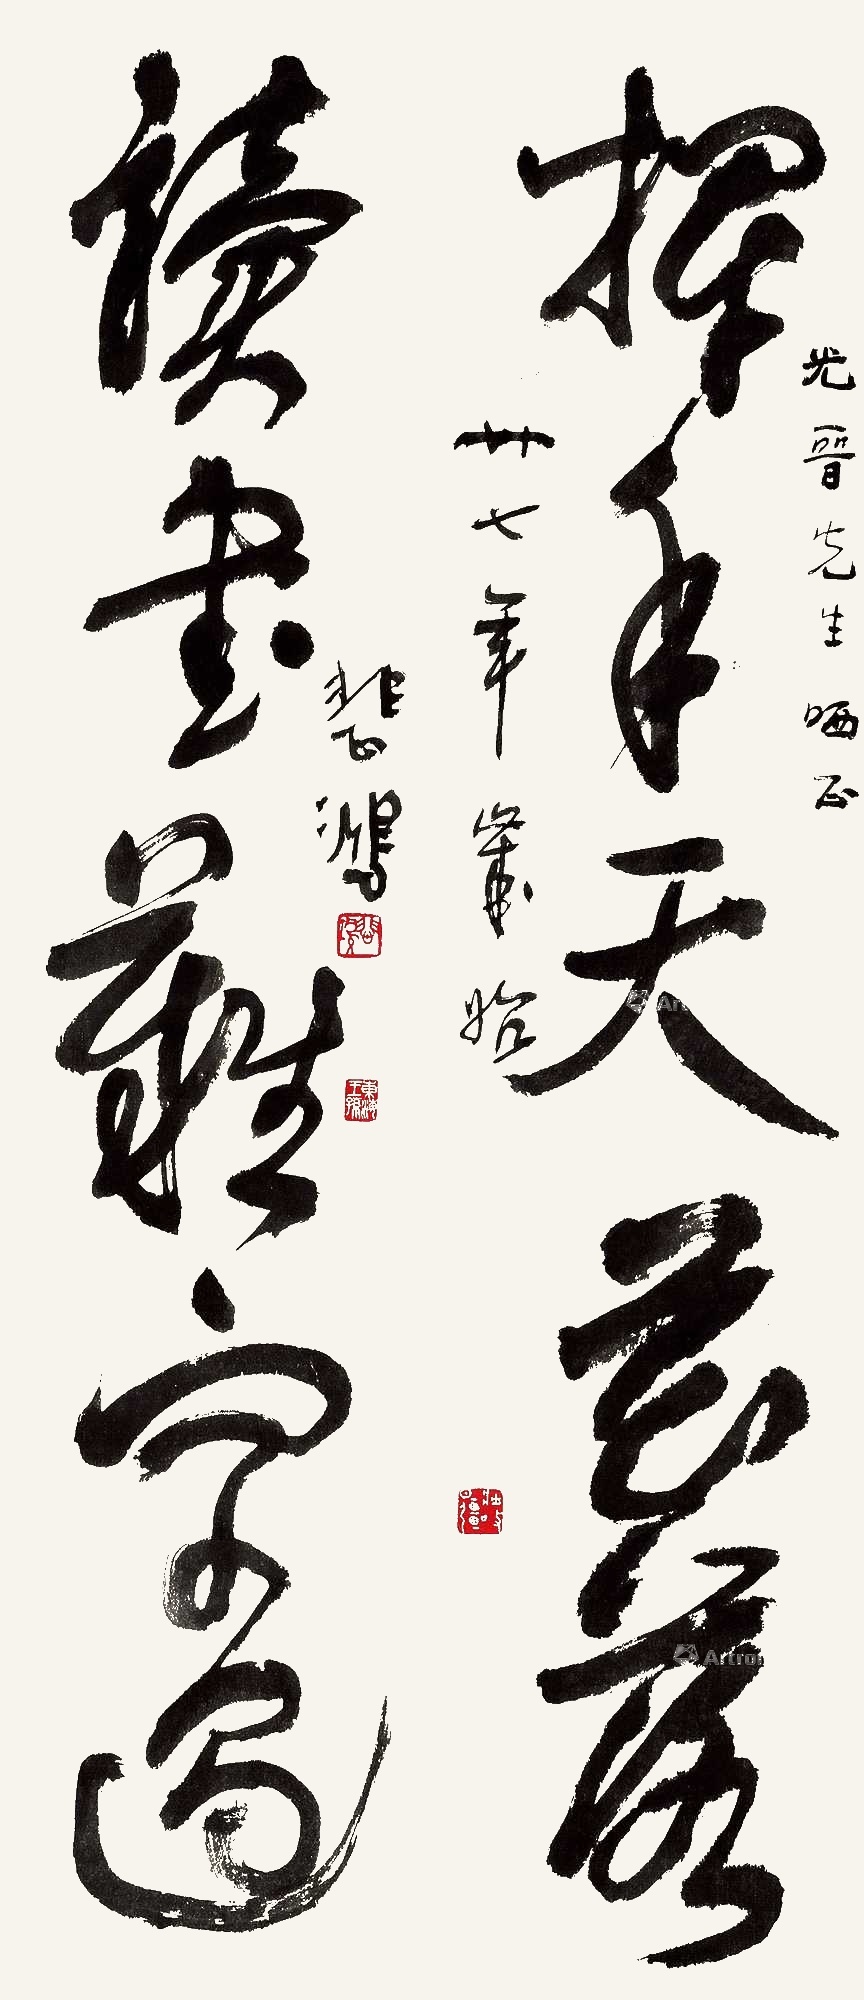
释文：挥手天花落，读书难字遇。光晋先生哂正，廿七年岁始悲鸿。